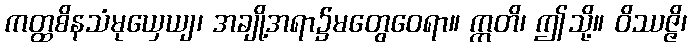
ကတ္ထစိနသံမုယှေယျ၊ အချို့အရာ၌မတွေဝေရာ။ ဣတိ၊ ဤသို့။ ဝိဿဇ္ဇိ၊